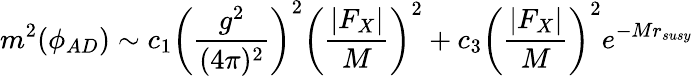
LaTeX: m^{2}(\phi_{AD})\sim c_{1}\left(\frac{g^{2}}{(4\pi)^{2}}\right)^{2}\left(\frac{|F_{X}|}{M}\right)^{2}+c_{3}\left(\frac{|F_{X}|}{M}\right)^{2}e^{-Mr_{susy}}